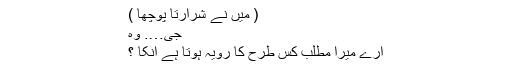
( میں نے شرارتاً پوچھا )
جی…. وہ
ارے میرا مطلب کس طرح کا رویہ ہوتا ہے انکا ؟